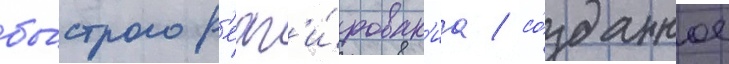
бы́строго р'еаг'и́рован'иа / со́зданное